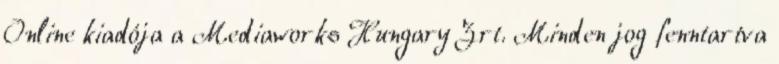
Online kiadója a Mediaworks Hungary Zrt. Minden jog fenntartva